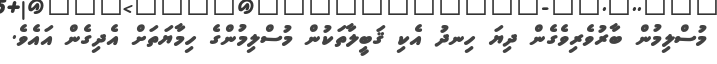
މުސްލިމުން ބާރުވެރިވެގެން ދިޔަ ހިނދު އެކި ޤަބީލާތަކުން މުސްލިމުންގެ ހިމާޔަތަށް އެދިގެން އައެވެ.